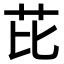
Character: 芘